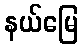
နယ်မြေ